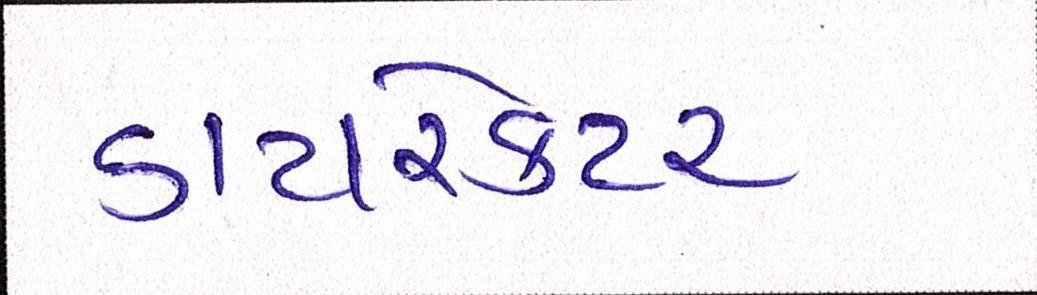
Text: ડાયરેકટર